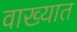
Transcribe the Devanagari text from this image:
वाख्यात